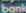
bank